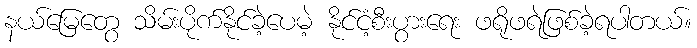
နယ်မြေတွေ သိမ်းပိုက်နိုင်ခဲ့ပေမဲ့ နိုင်ငံ့စီးပွားရေး ဖရိုဖရဲဖြစ်ခဲ့ရပါတယ်။